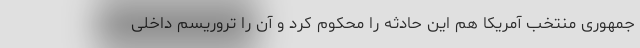
جمهوری منتخب آمریکا هم این حادثه را محکوم کرد و آن را تروریسم داخلی